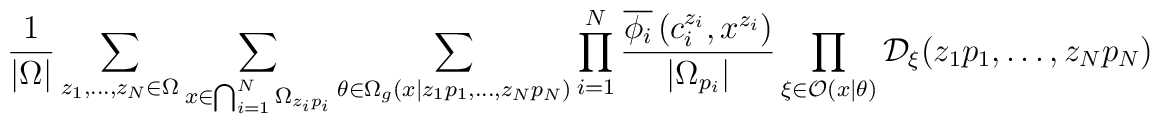
\frac{1}{|\Omega |}\sum _{z_{1},\ldots ,z_{N}\in \Omega }\sum _{x\in \bigcap _{i=1}^{N}\Omega _{z_{i}p_{i}}}\sum _{\theta \in \Omega _{g}(x|z_{1}p_{1},\ldots ,z_{N}p_{N})}\prod _{i=1}^{N}\frac{\overline{\phi _{i}}\left( c_{i}^{z_{i}},x^{z_{i}}\right) }{|\Omega _{p_{i}}|}\prod _{\xi \in \mathcal{O}(x|\theta )}\mathcal{D}_{\xi }(z_{1}p_{1},\ldots ,z_{N}p_{N})